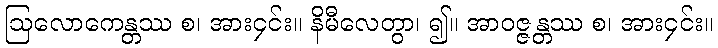
ဩလောကေန္တဿ စ၊ အား၄င်း။ နိမီလေတွာ၊ ၍။ အာဝဇ္ဇန္တဿ စ၊ အား၄င်း။